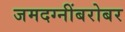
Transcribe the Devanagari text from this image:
जमदग्नींबरोबर